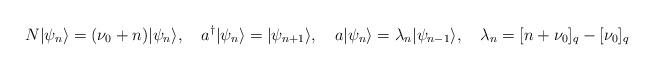
LaTeX: \begin{align*}N|\psi_{n} \rangle =(\nu_0 + n)|\psi_{n}\rangle, \quad a^{\dagger}|\psi_n \rangle =|\psi_{n+1}\rangle, \quad a |\psi_{n}\rangle =\lambda_{n} |\psi_{n-1}\rangle, \quad \lambda_{n} = [n+\nu_0]_q - [\nu_0]_q\end{align*}